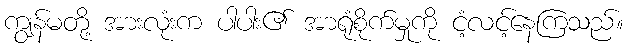
ကျွန်မတို့ အားလုံးက ပါပါး၏ အာရုံစိုက်မှုကို ငံ့လင့်နေကြသည်။